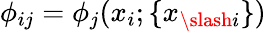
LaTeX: \phi_{ij}=\phi_{j}(x_{i};\{ x_{\slash i}\} )